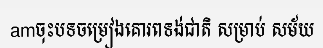
amចុះបទចម្រៀងគោរពទង់ជាតិ សម្រាប់ សម័យ